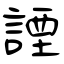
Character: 諲